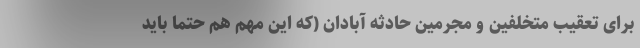
برای تعقیب متخلفین و مجرمین حادثه آبادان (که این مهم هم حتماً باید